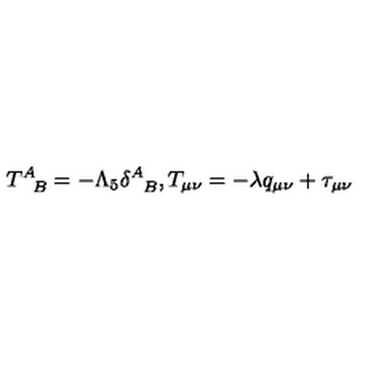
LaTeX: T _ { \phantom { A } B } ^ { A } = - \Lambda _ { 5 } \delta _ { \phantom { A } B } ^ { A } , T _ { \mu \nu } = - \lambda q _ { \mu \nu } + \tau _ { \mu \nu }